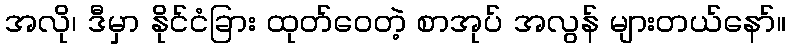
အလို၊ ဒီမှာ နိုင်ငံခြား ထုတ်ဝေတဲ့ စာအုပ် အလွန် များတယ်နော်။